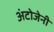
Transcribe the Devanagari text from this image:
अंटोजेनी